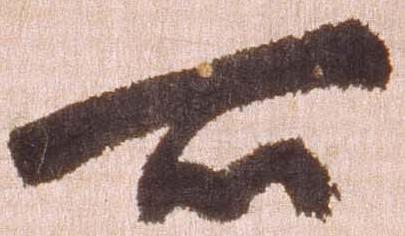
所